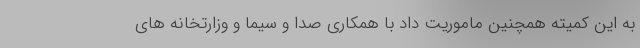
به این کمیته همچنین ماموریت داد با همکاری صدا و سیما و وزارتخانه های